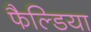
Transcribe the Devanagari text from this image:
फैल्डिया